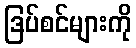
ဒြပ်စင်များကို